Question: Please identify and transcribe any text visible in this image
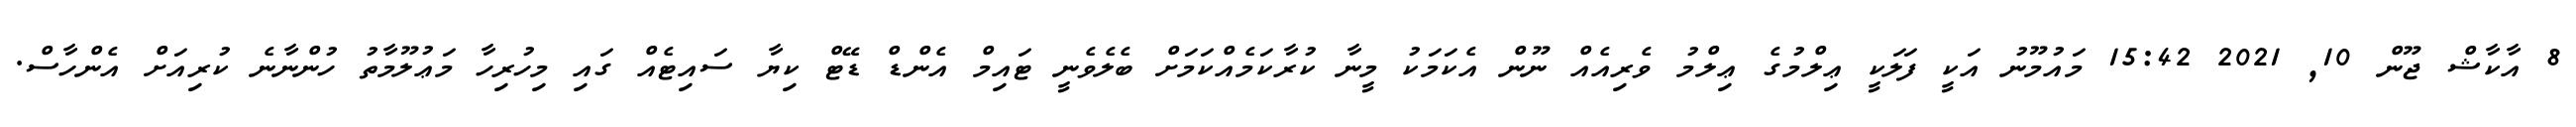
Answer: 8 އާކާޝް ޖޫން 10, 2021 15:42 މައުމޫނު އަކީ ފަލަކީ ޢިލްމުގެ ޢިލްމު ވެރިއެއް ނޫން އެކަމަކު މީނާ ކުރާކަމެއްކަމަށް ބެލެވެނީ ޓައިމް އެންޑް ޑޭޓް ކިޔާ ސައިޓެއް ގައި މިހުރިހާ މަޢުލޫމާތު ހުންނާނެ ކުރިއަށް އެންހާސް.